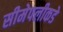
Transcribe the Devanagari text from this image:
सीमेपलीकडे